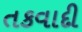
તકવાદી